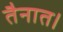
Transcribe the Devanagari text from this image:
तैनात।